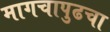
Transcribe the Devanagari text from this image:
मागचापुढचा